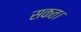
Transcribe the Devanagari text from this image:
सकत।